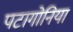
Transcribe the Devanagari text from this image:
पटागोनिया